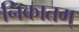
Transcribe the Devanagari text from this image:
निकातम्